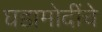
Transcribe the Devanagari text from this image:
घडामोदींचे